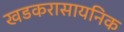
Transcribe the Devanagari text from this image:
खडकरासायनिक